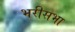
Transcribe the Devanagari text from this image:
भरीसभा